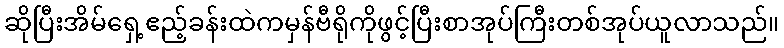
ဆိုပြီးအိမ်ရှေ့ဧည့်ခန်းထဲကမှန်ဗီရိုကိုဖွင့်ပြီးစာအုပ်ကြီးတစ်အုပ်ယူလာသည်။